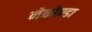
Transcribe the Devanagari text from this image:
नेकोण्डा